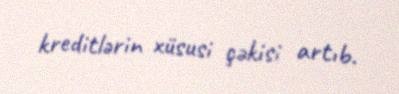
kreditlərin xüsusi çəkisi artıb.